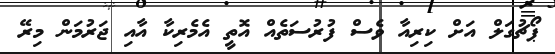
ޕޯޗުގަލް އަށް ކިރިއާ ވެސް ފުރުސަތެއް އޮތީ އެމެރިކާ އާއި ޖަރުމަން މިރޭ